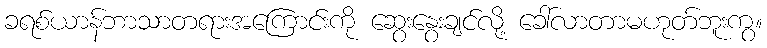
ခရစ်ယာန်ဘာသာတရားအကြောင်းကို ဆွေးနွေးချင်လို့ ခေါ်လာတာမဟုတ်ဘူးကွ။